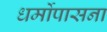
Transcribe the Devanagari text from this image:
धर्मोपासना